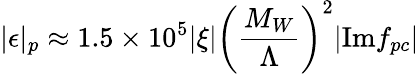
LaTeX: |\epsilon|_{p}\approx 1.5\times 10^{5}|\xi|\biggl({\frac{M_{W}}{\Lambda}}\biggr)^{2}|\mathrm{Im}f_{pc}|